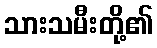
သားသမီးတို့၏